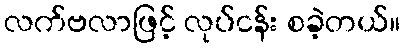
လက်ဗလာဖြင့် လုပ်ငန်း စခဲ့တယ်။